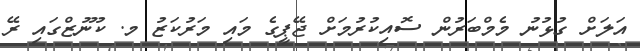
އަލަށް ގުޅުނު މެމްބަރުން ސޮއިކުރުމަށް ޖޭޕީގެ މައި މަރުކަޒު މ. ކުނޫޒްގައި ރޭ